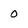
Character: 0